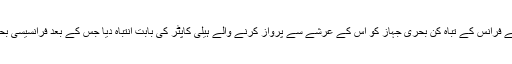
ایک موقع پر سپاہ پاسداران انقلاب اسلامی کی جنگی بوٹوں نے فرانس کے تباہ کن بحری جہاز کو اس کے عرشے سے پرواز کرنے والے ہیلی کاپٹر کی بابت انتباہ دیا جس کے بعد فرانسیسی بحریہ نے مذکورہ ہیلی کاپٹر کو عرشے پر فوری واپس بلا لیا۔